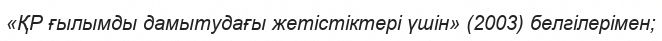
«ҚР ғылымды дамытудағы жетістіктері үшін» (2003) белгілерімен;